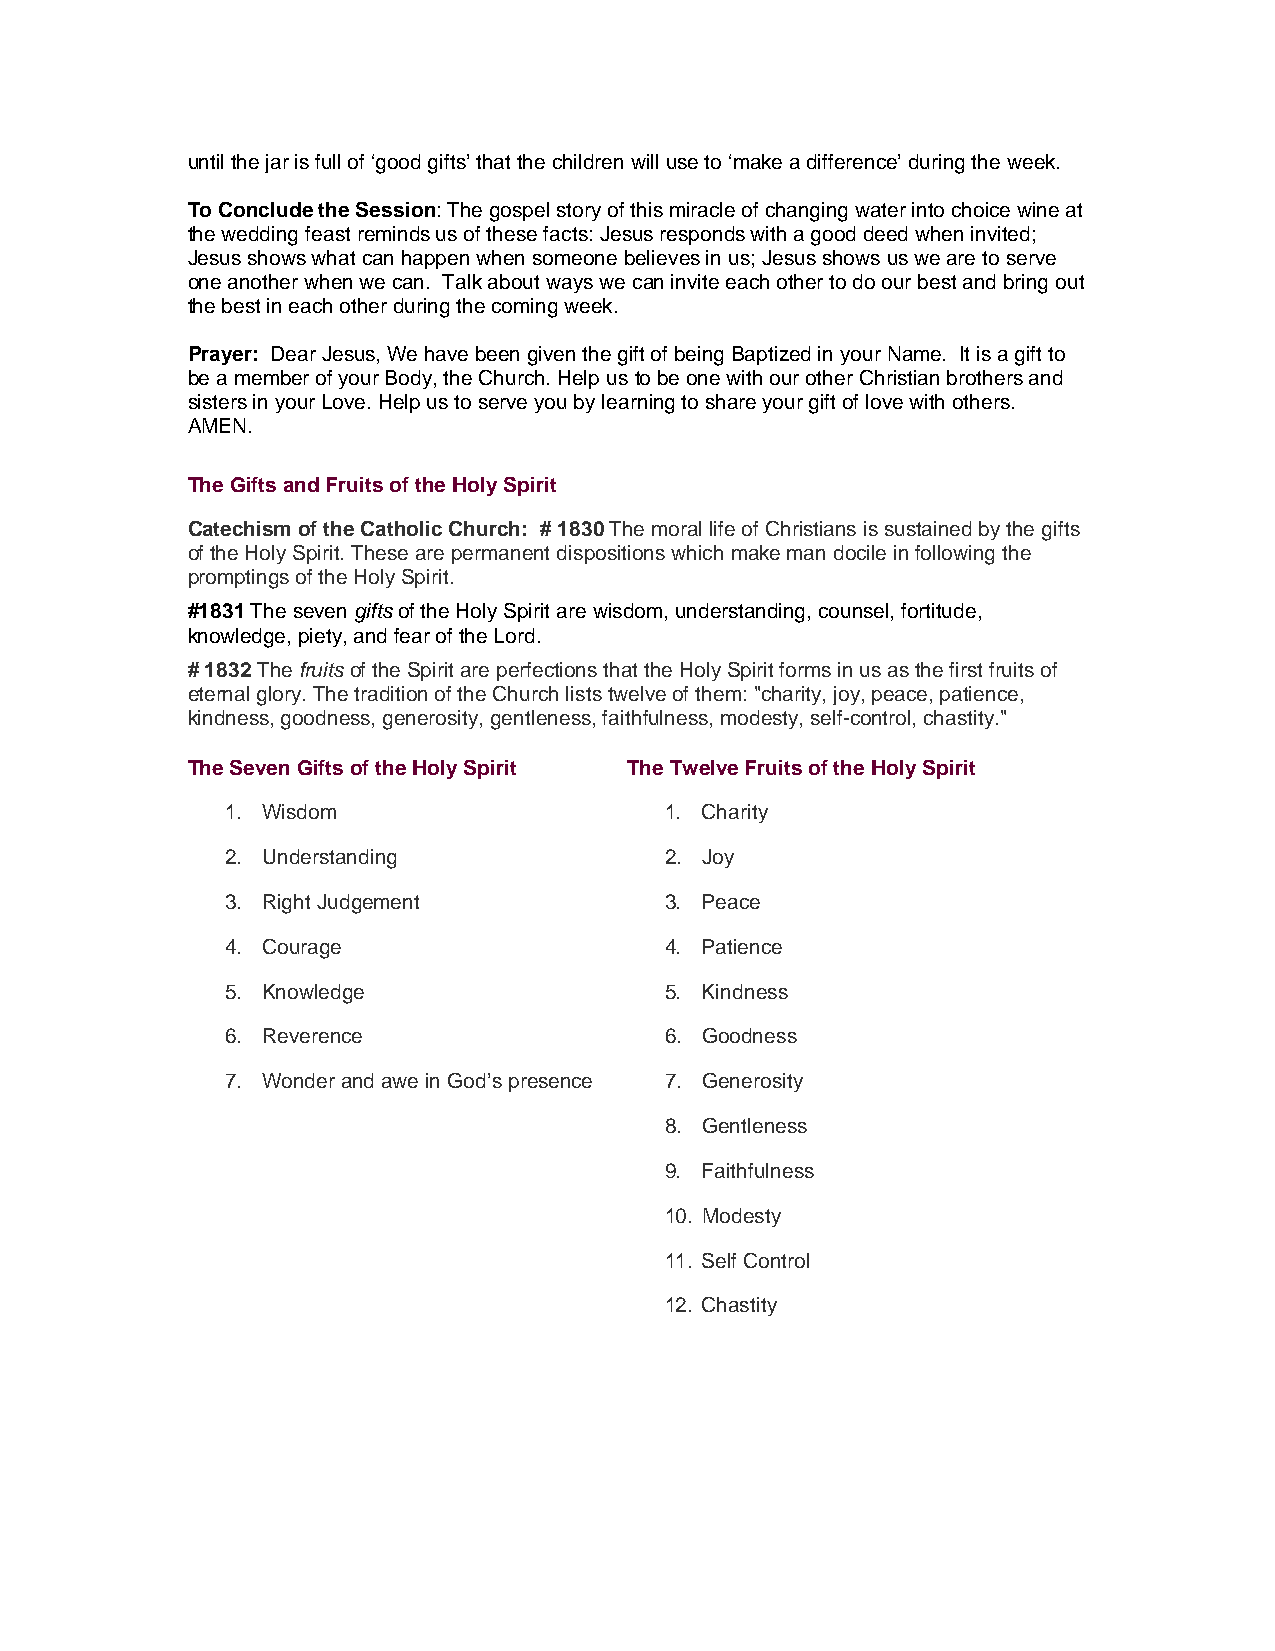
until the jar is full of ‘good gifts’ that the children will use to ‘make a difference’ during the week.
 To Conclude the Session: The gospel story of this miracle of changing water into choice wine at
 the wedding feast reminds us of these facts: Jesus responds with a good deed when invited;
 Jesus shows what can happen when someone believes in us; Jesus shows us we are to serve
 one another when we can. Talk about ways we can invite each other to do our best and bring out
 the best in each other during the coming week.
 Prayer: Dear Jesus, We have been given the gift of being Baptized in your Name. It is a gift to
 be a member of your Body, the Church. Help us to be one with our other Christian brothers and
 sisters in your Love. Help us to serve you by learning to share your gift of love with others.
 AMEN.
 The Gifts and Fruits of the Holy Spirit
 Catechism of the Catholic Church: # 1830 The moral life of Christians is sustained by the gifts
 of the Holy Spirit. These are permanent dispositions which make man docile in following the
 promptings of the Holy Spirit.
 #1831 The seven gifts of the Holy Spirit are wisdom, understanding, counsel, fortitude,
 knowledge, piety, and fear of the Lord.
 # 1832 The fruits of the Spirit are perfections that the Holy Spirit forms in us as the first fruits of
 eternal glory. The tradition of the Church lists twelve of them: "charity, joy, peace, patience,
 kindness, goodness, generosity, gentleness, faithfulness, modesty, self-control, chastity."
 The Seven Gifts of the Holy Spirit The Twelve Fruits of the Holy Spirit
 1. Wisdom                    1. Charity
 2. Understanding             2. Joy
 3. Right Judgement           3. Peace
 4. Courage                   4. Patience
 5. Knowledge                 5. Kindness
 6. Reverence                 6. Goodness
 7. Wonder and awe in God’s presence 7. Generosity
 8. Gentleness
 9. Faithfulness
 10. Modesty
 11. Self Control
 12. Chastity